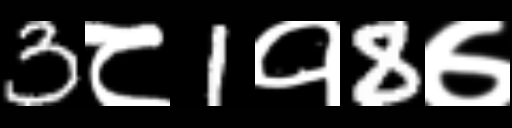
Text: 3८1१8७